Vaccination Hyderabad 1872-1889 - 1872-1889
Year: 1872
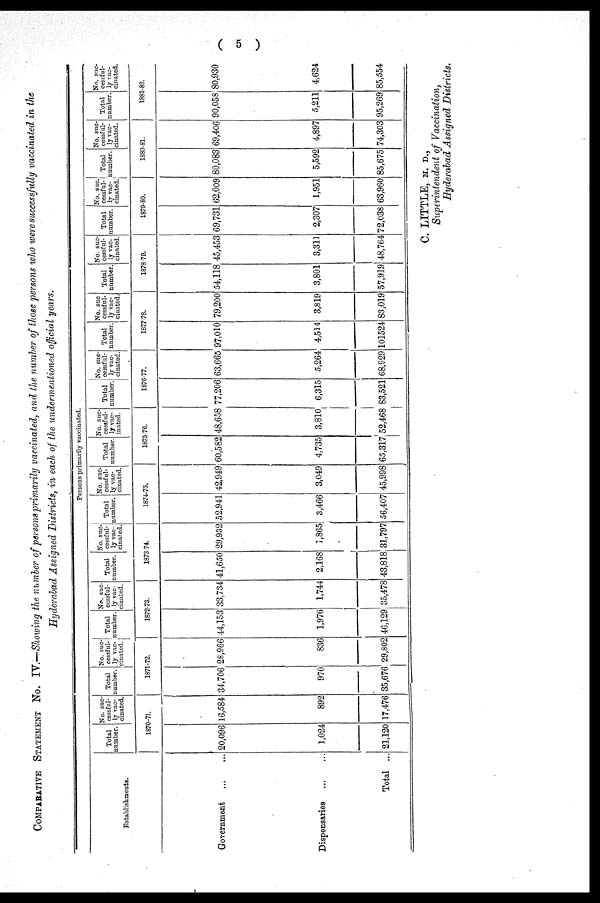
( 5 )
COMPARATIVE STATEMENT No. IV.—Showing the number of persons primarily vaccinated, and the number of those persons who were successfully vaccinated in the
Hyderabad Assigned Districts, in each of the undermentioned official years.
Establishments.
Government ... ...
Dispensaries
...
...
Total ...
Persons primarily vaccinated.
Total
number.
No. suc-
cessful-
ly vac¬
cinated.
1870-71.
20,096
1,024
21,120
16,584
892
17,476
Total
number.
No. suc-
cessful¬
ly vac-
cinated.
1871-72.
34,706
970
35,676
28,966
836
29,802
Total
number.
No. suc-
cessful-
ly vac¬
cinated.
1872-73.
44,153
1,976
46,129
33,734
1,744
35,478
Total
number.
No. suc-
cessful-
ly vac-
cinated.
1873-74.
41,650
2,168
43,818
29,932
1,865
31,797
Total
number.
No. suc-
cessful-
ly vac¬
cinated.
1874-75.
52,941
3,466
56,407
42,949
3,049
45,998
Total
number.
No. suc-
cessful-
ly vac¬
inated.
1875-76.
60,582
4,735
65,317
48,658
3,810
52,468
Total
number.
No. suc-
cessful-
ly vac-
cinated.
1876-77.
77,206
6,315
83,521
63,665
5,264
68,929
Total
number.
No. suc¬
cessful¬
ly vac-
cinated.
1877-78.
97,010
4,514
101524
79,200
3,819
83,019
Total
number.
No. suc-
cessful-
ly vac-
cinated.
1878-79.
54,118
3,801
57,919
45,453
3,311
48,764
Total
number.
No. suc¬
cessful¬
ly vac-
cinated.
1879-80.
69,731
2,307
72,038
62,009
1,951
63,960
Total
number.
No. suc-
cessful-
ly vac-
cinated.
1880-81.
80,083
5,592
85,675
69,406
4,897
74,303
Total
number.
No. suc-
cessful-
ly vac¬
cinated.
1881-82.
90,058
5,211
95,269
80,930
4,624
85,554
C. LITTLE, M. D.,
Superintendent of Vaccination,
Hyderabad Assigned Districts.